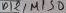
Text: D2